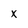
Character: x